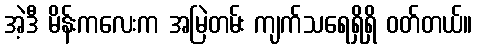
အဲ့ဒီ မိန်းကလေးက အမြဲတမ်း ကျက်သရေရှိရှိ ဝတ်တယ်။